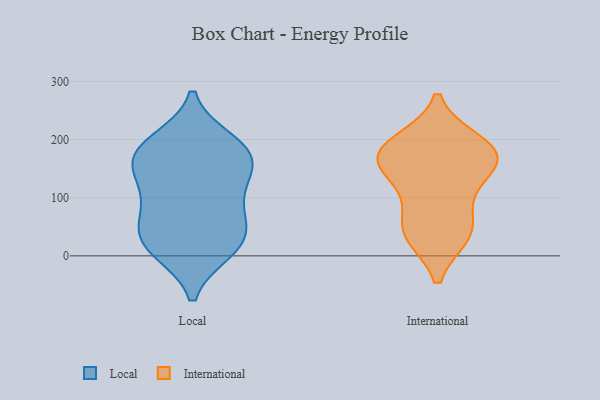
{"axis": {"x": "Customer Acquisition Cost (USD)", "y": "Value"}, "legend": ["International", "Local"], "data": [{"x": "", "y": 153, "type": "Local"}, {"x": "", "y": 174, "type": "Local"}, {"x": "", "y": 196, "type": "Local"}, {"x": "", "y": 12, "type": "Local"}, {"x": "", "y": 100, "type": "Local"}, {"x": "", "y": 32, "type": "Local"}, {"x": "", "y": 150, "type": "Local"}, {"x": "", "y": 181, "type": "Local"}, {"x": "", "y": 185, "type": "Local"}, {"x": "", "y": 26, "type": "Local"}, {"x": "", "y": 57, "type": "Local"}, {"x": "", "y": 121, "type": "Local"}, {"x": "", "y": 71, "type": "Local"}, {"x": "", "y": 10, "type": "Local"}, {"x": "", "y": 175, "type": "International"}, {"x": "", "y": 38, "type": "International"}, {"x": "", "y": 145, "type": "International"}, {"x": "", "y": 169, "type": "International"}, {"x": "", "y": 41, "type": "International"}, {"x": "", "y": 105, "type": "International"}, {"x": "", "y": 167, "type": "International"}, {"x": "", "y": 181, "type": "International"}, {"x": "", "y": 194, "type": "International"}, {"x": "", "y": 46, "type": "International"}]}